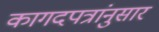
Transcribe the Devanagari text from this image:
कागदपत्रांनुसार